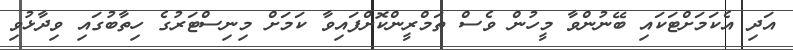
އަދި އެކަމަށްޓަކައި ބޭނުންވާ މީހުން ވެސް ތަމްރީންކޮށްފައިވާ ކަމަށް މިނިސްޓަރުގެ ހިތާބުގައި ވިދާޅުވި